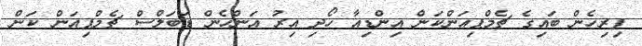
ފިރިހެން ބައިގެ ޗެމްޕިއަންކަން އިންޑިއާ ހޯދި އިރު އަންހެން ޑަބަލްސް ޗެމްޕިއަން ކަން